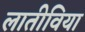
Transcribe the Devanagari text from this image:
लातीविया